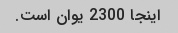
اینجا 2300 یوان است.